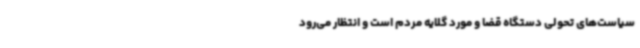
سیاست‌های تحولی دستگاه قضا و مورد گلایه مردم است و انتظار می‌رود